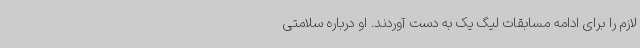
لازم را برای ادامه مسابقات لیگ یک به دست آوردند. او درباره سلامتی